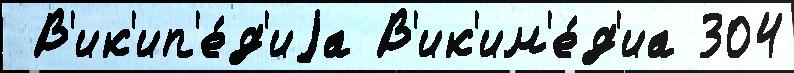
 В'ик'ип'е́д'иjа В'ик'им'е́д'иа 304